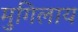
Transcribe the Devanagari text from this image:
मुगिलाय